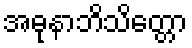
အဓုနာဘိသိတ္တော